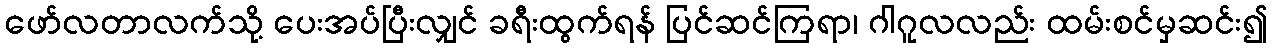
ဖော်လတာလက်သို့ ပေးအပ်ပြီးလျှင် ခရီးထွက်ရန် ပြင်ဆင်ကြရာ၊ ဂါဂူလလည်း ထမ်းစင်မှဆင်း၍